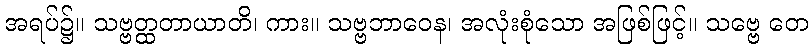
အရပ်၌။ သဗ္ဗတ္ထတာယာတိ၊ ကား။ သဗ္ဗဘာဝေန၊ အလုံးစုံသော အဖြစ်ဖြင့်။ သဗ္ဗေ တေ